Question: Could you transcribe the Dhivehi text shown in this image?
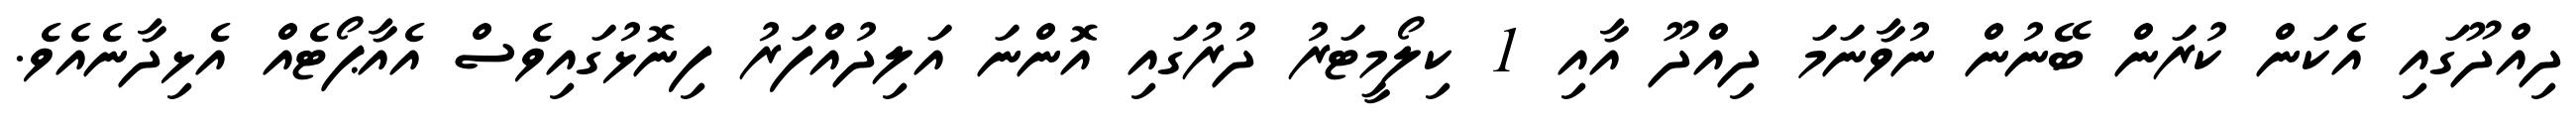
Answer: ދިއްދޫގައި އެކަން ކުރަން ބޭނުން ނުވާނަމަ ދިއްދޫ އާއި 1 ކިލޯމީޓަރު ދުރުގައި އޮންނަ އަލިދުއްފަރު ފިނޮޅުގައިވެސް އެއާޕޯޓެއް އެޅިދާނެއެވެ.